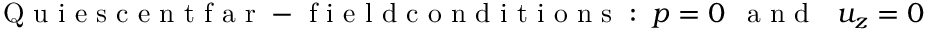
\mathrm { ~ Q ~ u ~ i ~ e ~ s ~ c ~ e ~ n ~ t ~ f ~ a ~ r ~ - ~ f ~ i ~ e ~ l ~ d ~ c ~ o ~ n ~ d ~ i ~ t ~ i ~ o ~ n ~ s ~ : ~ } ~ p = 0 ~ ~ \mathrm { ~ a ~ n ~ d ~ } ~ ~ ~ u _ { z } = 0 ~ ~ ~ \mathrm { ~ a ~ n ~ d ~ } ~ ~ ~ c = 0 ~ ~ ~ \mathrm { ~ a ~ t ~ } ~ z = \pm \infty ,